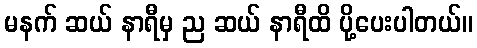
မနက် ဆယ် နာရီမှ ည ဆယ် နာရီထိ ပို့ပေးပါတယ်။